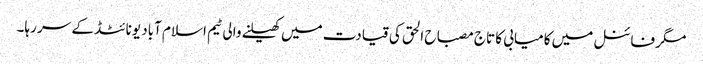
مگر فائنل میں کامیابی کا تاج مصباح الحق کی قیادت میں کھیلنے والی ٹیم اسلام آباد یونائٹڈ کے سر رہا۔